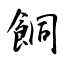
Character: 餇